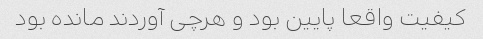
کیفیت واقعا پایین بود و هرچی آوردند مانده بود